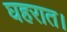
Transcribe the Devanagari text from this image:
घहरात।